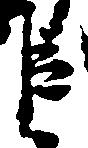
臣